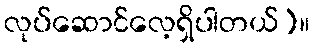
လုပ်ဆောင်လေ့ရှိပါတယ်)။